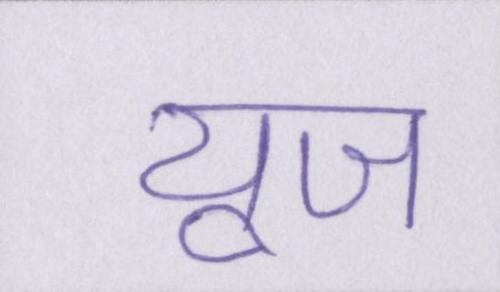
यूज